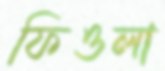
ফিওলা